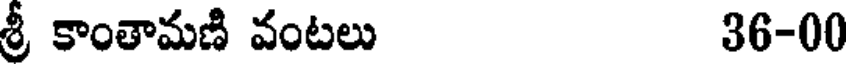
శ్రీ కాంతామణి వంటలు 36-00